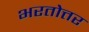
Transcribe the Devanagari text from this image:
भरतोत्तर